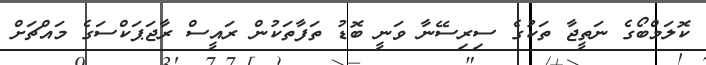
ކޮލަމްބޯގެ ނަތީޖާ ތަކުގެ ސިރިސޭނާ ވަނީ ބޮޑު ތަފާތަކުން ރައީސް ރާޖަޕަކްސަގެ މައްޗަށް